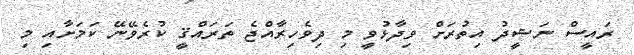
ރައީސް ނަޝީދު އިތުރަށް ވިދާޅުވީ މި ދިވެހިރާއްޖެ ތަރައްޤީ ކުރެވޭނޭ ކަމަށާއި މި